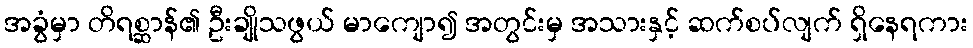
အခွံမှာ တိရစ္ဆာန်၏ ဦးချိုသဖွယ် မာကျော၍ အတွင်းမှ အသားနှင့် ဆက်စပ်လျက် ရှိနေရကား